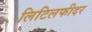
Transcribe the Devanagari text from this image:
लिटिलफीदर